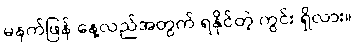
မနက်ဖြန် နေ့လည်အတွက် ရနိုင်တဲ့ ကွင်း ရှိလား။